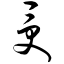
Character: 受